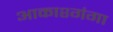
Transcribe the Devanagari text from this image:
आकाश्गंगा